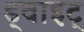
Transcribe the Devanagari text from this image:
ड्वाइट्